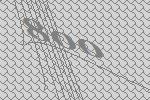
800